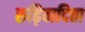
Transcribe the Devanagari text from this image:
रुढ़िवादिता